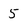
Character: 5